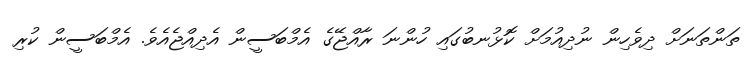
ތަންތަނަށް ދިވެހިން ނުދިއުމަށް ކޮޅުުނބުގައި ހުންނަ ރާއްޖޭގެ އެމްބަސީން އެދިއްޖެއެވެ. އެމްބަސީން ކުރި